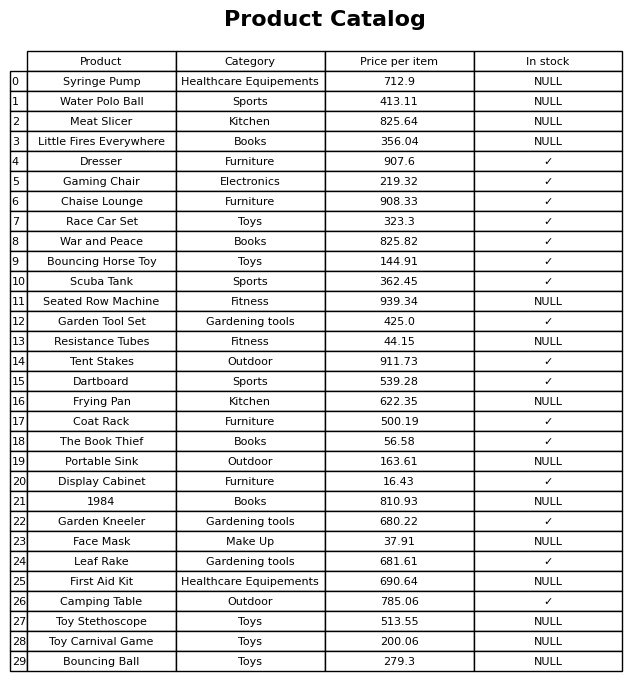
question: What is the price for Leaf Rake?
answer: The price of Leaf Rake is 681.61.